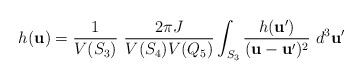
\begin{align*}h({\bf u}) = \frac{1}{V(S_3)} \ \frac{2\pi J}{V(S_4)V(Q_5)}\int_{S_3} \frac{h({\bf u}')}{({\bf u}-{\bf u}')^2} \ d^3{\bf u}'\end{align*}